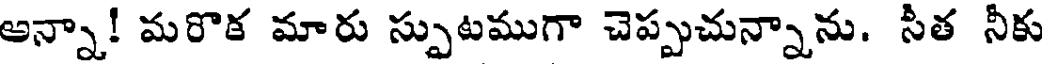
అన్నా! మరొక మారు స్పుటముగా చెప్పుచున్నాను. సీత నీకు